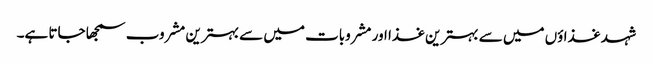
شہد غذاؤں میں سے بہترین غذا اور مشروبات میں سے بہترین مشروب سمجھا جاتا ہے۔